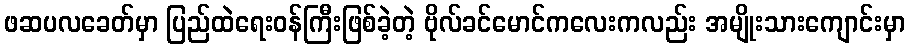
ဖဆပလခေတ်မှာ ပြည်ထဲရေးဝန်ကြီးဖြစ်ခဲ့တဲ့ ဗိုလ်ခင်မောင်ကလေးကလည်း အမျိုးသားကျောင်းမှာ